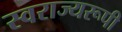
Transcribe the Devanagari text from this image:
स्वराज्यरूपी